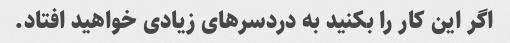
اگر این کار را بکنید به دردسرهای زیادی خواهید افتاد.